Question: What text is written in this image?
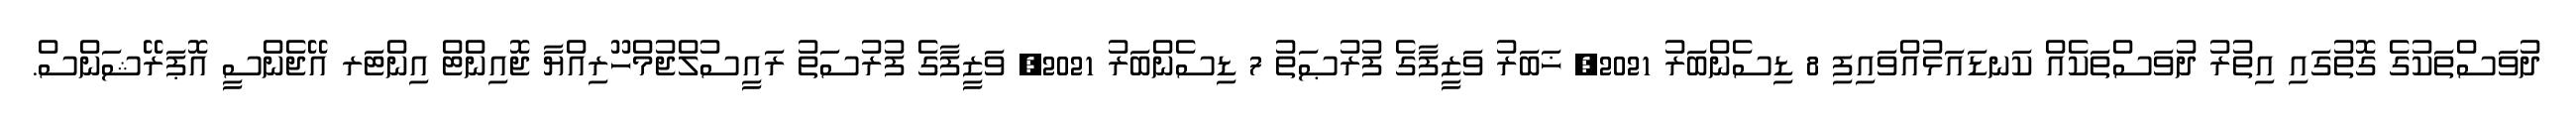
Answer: ދުވަސްތަކުގެ ގޮތުގައި އިތުރު ދުވަސްތަކެއް ކަނޑައަޅުއްވައިފި 8 ޑިސެންބަރު 2021, ޚަބަރު ވަޒީފާގެ ފުރުޞަތު 7 ޑިސެންބަރު 2021, ވަޒީފާގެ ފުރުސަތު ރައީސުލްޖުމްހޫރިއްޔާ ޖޮއިންޓް އިންޓަރ އޭޖެންސީ އޮޕަރޭޝަންސް.